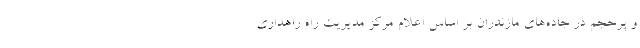
و پرحجم در جاده‌های مازندران بر اساس اعلام مرکز مدیریت راه راهداری